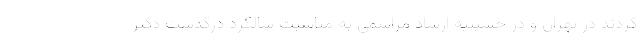
کردند در تهران و در حسینیۀ ارشاد مراسمی به مناسبت سالگرد درگذشت دکتر